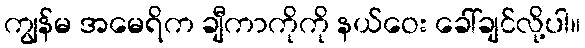
ကျွန်မ အမေရိက ချီကာကိုကို နယ်ဝေး ခေါ်ချင်လို့ပါ။